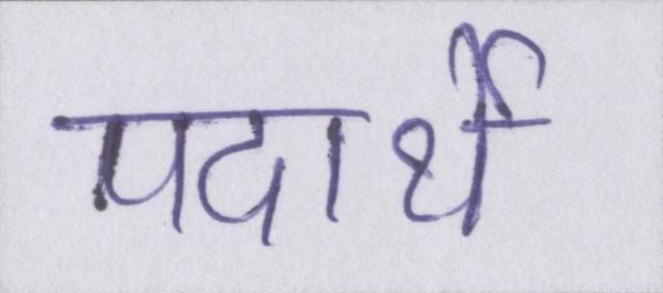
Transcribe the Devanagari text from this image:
पदार्थे